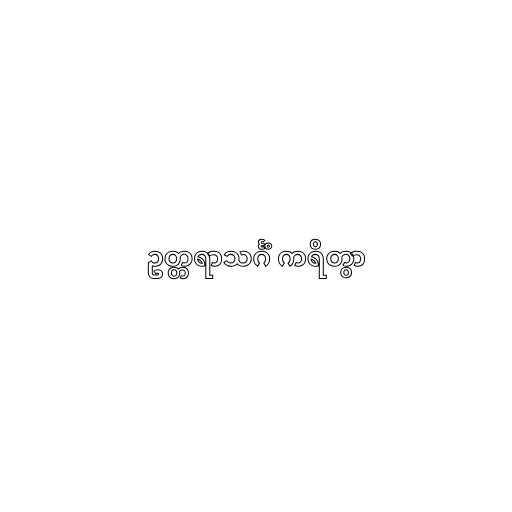
ဥတ္တရာသင်္ဂံ ကရိတွာ